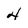
Character: 4